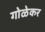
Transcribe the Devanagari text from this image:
गोळेकर